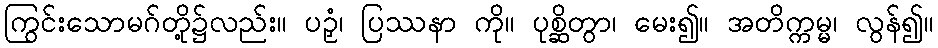
ကြွင်းသောမဂ်တို့၌လည်း။ ပဉှံ၊ ပြဿနာ ကို။ ပုစ္ဆိတွာ၊ မေး၍။ အတိက္ကမ္မ၊ လွန်၍။